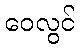
ဝေလွင်